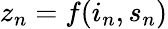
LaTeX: z_{n}=f(i_{n},s_{n})